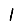
Digit: 1